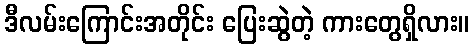
ဒီလမ်းကြောင်းအတိုင်း ပြေးဆွဲတဲ့ ကားတွေရှိလား။